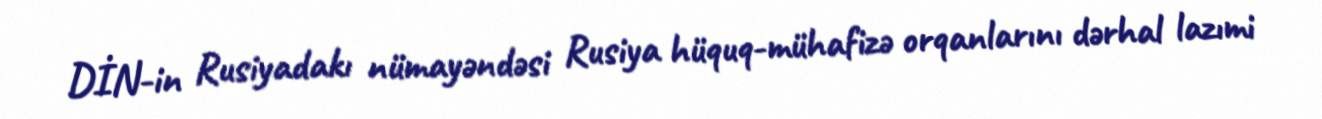
DİN-in Rusiyadakı nümayəndəsi Rusiya hüquq-mühafizə orqanlarını dərhal lazımi